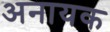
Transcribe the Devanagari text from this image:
अनायक